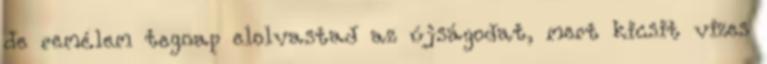
de remélem tegnap elolvastad az újságodat, mert kicsit vizes